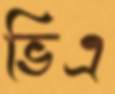
ভিএ